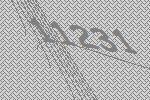
11231